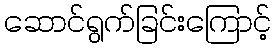
ဆောင်ရွက်ခြင်းကြောင့်